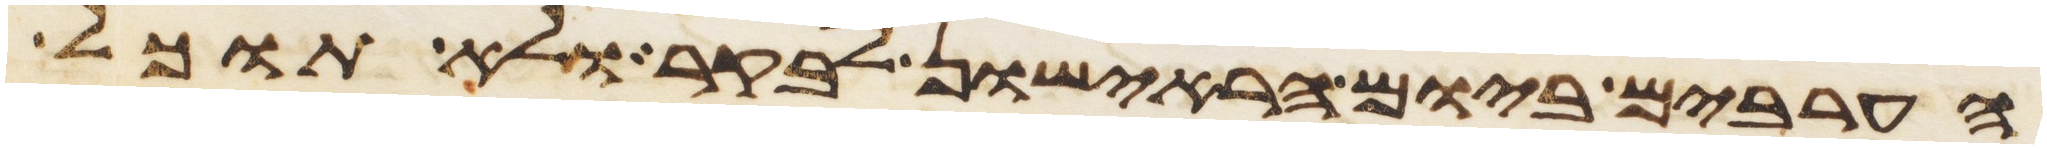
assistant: הערבים ביום הראישון לבקר ולא תוכל